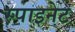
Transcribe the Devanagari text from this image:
स्पाइनेट